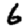
Digit: 6